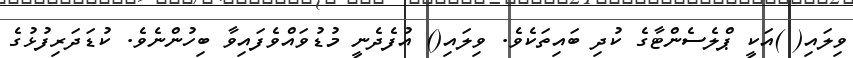
ވިލައި( )އަކީ ޕްލެސެންޓާގެ ކުދި ބައިތަކެވެ. ވިލައި() އުފެދެނީ މުޑުވައްވެފައިވާ ބިހުންނެވެ. ކުޑަދަރިފުޅުގެ